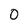
Character: O